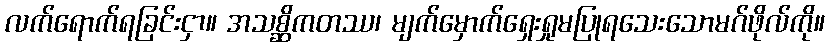
လက်ရောက်ရခြင်းငှာ။ အသစ္ဆိကတဿ၊ မျက်မှောက်ရှေးရှုမပြုရသေးသောမဂ်ဖိုလ်ကို။